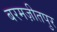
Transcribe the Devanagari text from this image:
बरमज़ीतपुर